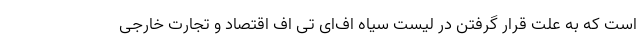
است که به علت قرار گرفتن در لیست سیاه اف‌ای تی اف اقتصاد و تجارت خارجی